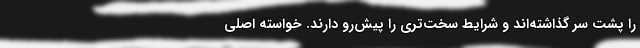
را پشت سر گذاشته‌اند و شرایط سخت‌تری را پیش‌رو دارند. خواسته اصلی